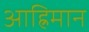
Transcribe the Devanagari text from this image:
आह्रिमान